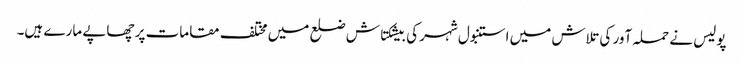
پولیس نے حملہ آور کی تلاش میں استنبول شہر کی بیشکتاش ضلع میں مختلف مقامات پر چھاپے مارے ہیں۔